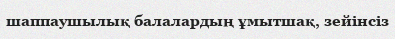
шаппаушылық балалардың ұмытшақ, зейінсіз